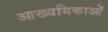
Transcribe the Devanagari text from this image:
आख्ययिकाओं